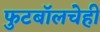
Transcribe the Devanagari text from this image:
फुटबॉलचेही